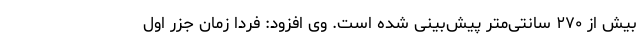
بیش از ۲۷۰ سانتی‌متر پیش‌بینی شده است. وی افزود: فردا زمان جزر اول